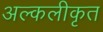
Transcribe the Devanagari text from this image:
अल्कलीकृत